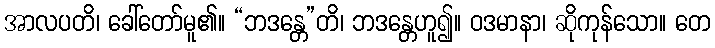
အာလပတိ၊ ခေါ်တော်မူ၏။ “ဘဒန္တေ”တိ၊ ဘဒန္တေဟူ၍။ ဝဒမာနာ၊ ဆိုကုန်သော။ တေ